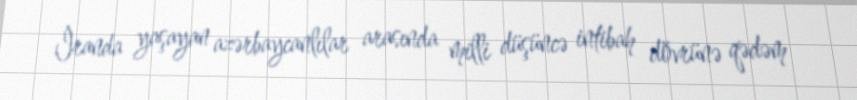
İranda yaşayan azərbaycanlılar arasında milli düşüncə intibah dövrünə qədəm